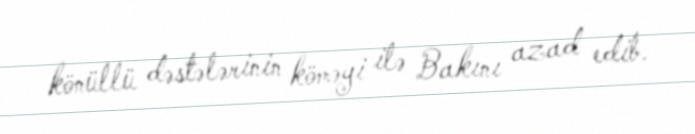
könüllü dəstələrinin köməyi ilə Bakını azad edib.